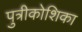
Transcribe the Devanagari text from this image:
पुत्रीकोशिका